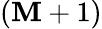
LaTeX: (\mathbf{M}+1)